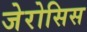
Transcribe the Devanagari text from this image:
जेरोसिस